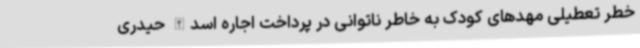
خطر تعطیلی مهدهای کودک‌ به خاطر ناتوانی در پرداخت اجاره اسدالله حیدری